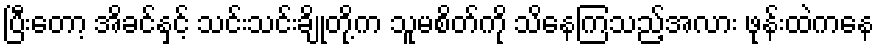
ပြီးတော့ အိခင်နှင့် သင်းသင်းချိုတို့က သူမစိတ်ကို သိနေကြသည့်အလား ဖုန်းထဲကနေ